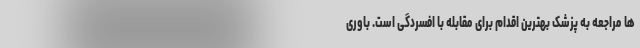
ها مراجعه به پزشک بهترین اقدام برای مقابله با افسردگی است. باوری